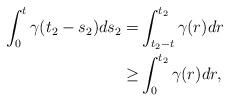
LaTeX: \begin{align*} \int_{0}^t \gamma(t_{2}-s_{2})ds_{2}= & \int_{t_{2}-t}^{t_{2}}\gamma(r)dr\\ \geq & \int_0^{t_2} \gamma(r)dr, \end{align*}